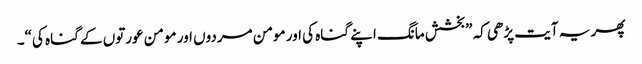
پھر یہ آیت پڑھی کہ ”بخشش مانگ اپنے گناہ کی اور مومن مردوں اور مومن عورتوں کے گناہ کی“۔